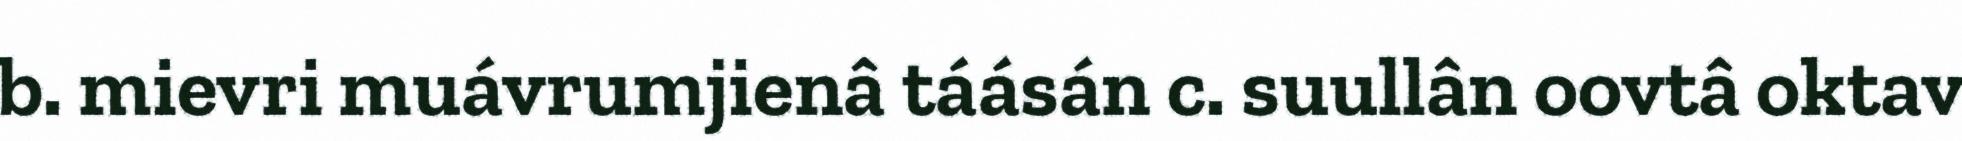
b. mievri muávrumjienâ táásán c. suullân oovtâ oktav